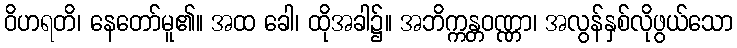
ဝိဟရတိ၊ နေတော်မူ၏။ အထ ခေါ၊ ထိုအခါ၌။ အဘိက္ကန္တဝဏ္ဏာ၊ အလွန်နှစ်လိုဖွယ်သော